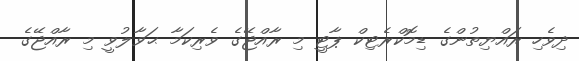
ދިވެހި ރައްޔިތުންގެ ޑިމޮކްރެޓިކް ޕާޓީ މި ރާއްޖޭގެ ވެރިކަމާ ޙަވާލުވީ މި ރާއްޖޭގެ